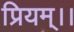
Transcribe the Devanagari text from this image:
प्रियम्।।